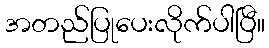
အတည်ပြုပေးလိုက်ပါပြီ။